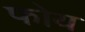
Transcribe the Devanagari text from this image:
फोय